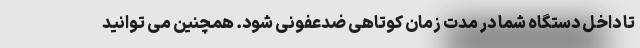
تا داخل دستگاه شما در مدت زمان کوتاهی ضدعفونی شود. همچنین می توانید